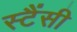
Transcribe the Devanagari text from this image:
स्टैंसी